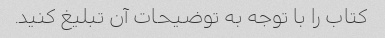
کتاب را با توجه به توضیحات آن تبلیغ کنید.